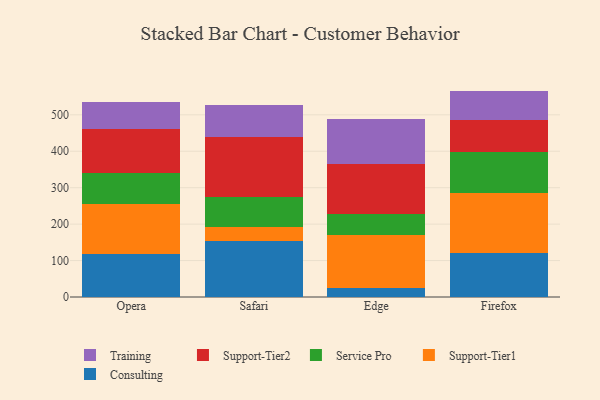
{"axis": {"x": "Browser", "y": "Inventory Turnover"}, "legend": ["Consulting", "Service Pro", "Support-Tier1", "Support-Tier2", "Training"], "data": [{"x": "Opera", "y": 117.2, "type": "Consulting"}, {"x": "Opera", "y": 137.7, "type": "Support-Tier1"}, {"x": "Opera", "y": 86.4, "type": "Service Pro"}, {"x": "Opera", "y": 121.0, "type": "Support-Tier2"}, {"x": "Opera", "y": 73.0, "type": "Training"}, {"x": "Safari", "y": 153.8, "type": "Consulting"}, {"x": "Safari", "y": 39.4, "type": "Support-Tier1"}, {"x": "Safari", "y": 81.4, "type": "Service Pro"}, {"x": "Safari", "y": 165.7, "type": "Support-Tier2"}, {"x": "Safari", "y": 85.8, "type": "Training"}, {"x": "Edge", "y": 23.7, "type": "Consulting"}, {"x": "Edge", "y": 145.7, "type": "Support-Tier1"}, {"x": "Edge", "y": 57.8, "type": "Service Pro"}, {"x": "Edge", "y": 137.4, "type": "Support-Tier2"}, {"x": "Edge", "y": 124.2, "type": "Training"}, {"x": "Firefox", "y": 120.0, "type": "Consulting"}, {"x": "Firefox", "y": 164.9, "type": "Support-Tier1"}, {"x": "Firefox", "y": 114.0, "type": "Service Pro"}, {"x": "Firefox", "y": 87.6, "type": "Support-Tier2"}, {"x": "Firefox", "y": 79.3, "type": "Training"}]}